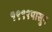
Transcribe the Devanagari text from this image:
१९९९पासुन